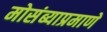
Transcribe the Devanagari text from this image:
मोसंब्याप्रमाणे